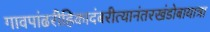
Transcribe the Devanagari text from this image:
गावपांढरीहिकादंबरीत्यानंतरखंडोबायात्रा